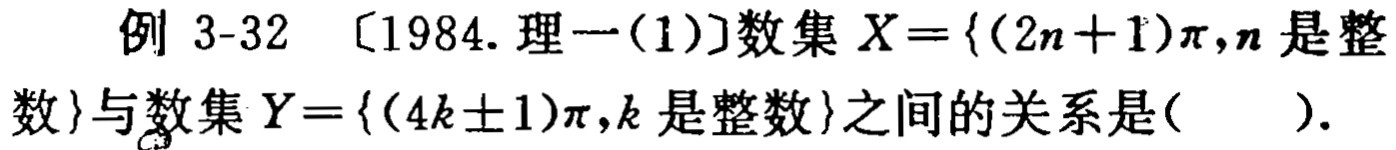
例 3-32 〔1984. 理一(1)〕数集 \(X = \{ (2n + 1)\pi,n\text{ 是整}\)
\(数\}\)与数集 \(Y = \{ (4k\pm1)\pi,k\text{ 是整数}\}\)之间的关系是(  ).